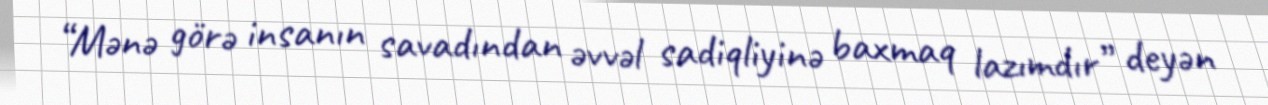
“Mənə görə insanın savadından əvvəl sadiqliyinə baxmaq lazımdır” deyən